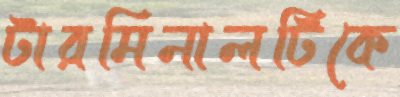
টারমিনালটিকে